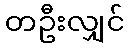
တဦးလျှင်